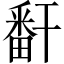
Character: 𬏎